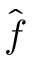
\hat { \boldsymbol f }